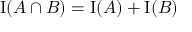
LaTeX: \mathrm { I } ( A \cap B ) = \mathrm { I } ( A ) + \mathrm { I } ( B )